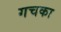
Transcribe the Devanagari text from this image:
गचका